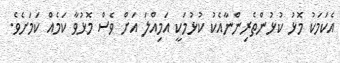
އެކަމަކު މޮޅު ކުޅުންތެރިންނާއެކު ކުޅުމަކީ އަމިއްލަ އަށް ވެސް މޮޅުވާ ކަމެއް ކަމަށެވެ.